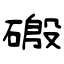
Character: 磤